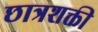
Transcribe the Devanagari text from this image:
छात्रशक्ती